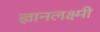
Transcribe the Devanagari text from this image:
ज्ञानलक्ष्मी